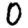
Digit: 0